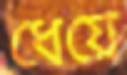
ধেয়ে